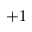
+ 1